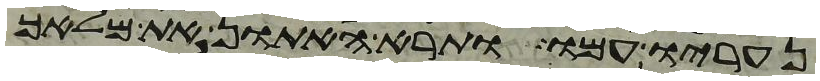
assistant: נעריו עמו ותרא האתון את מלאך